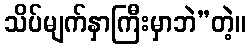
သိပ်မျက်နှာကြီးမှာဘဲ”တဲ့။